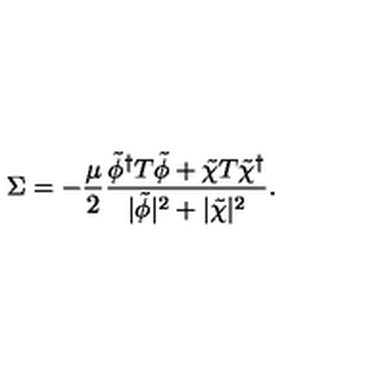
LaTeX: \Sigma = - { \frac { \mu } { 2 } } { \frac { \tilde { \phi } ^ { \dagger } T \tilde { \phi } + \tilde { \chi } T \tilde { \chi } ^ { \dagger } } { | \tilde { \phi } | ^ { 2 } + | \tilde { \chi } | ^ { 2 } } } .